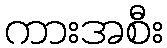
ကားအစီး